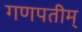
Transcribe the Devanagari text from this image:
गणपतीम्